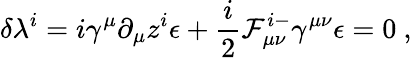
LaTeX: \delta\lambda^{i}=i\gamma^{\mu}\partial_{\mu}z^{i}\epsilon+{\frac{i}{2}}{\cal F}_{\mu\nu}^{i-}\gamma^{\mu\nu}\epsilon=0\ ,